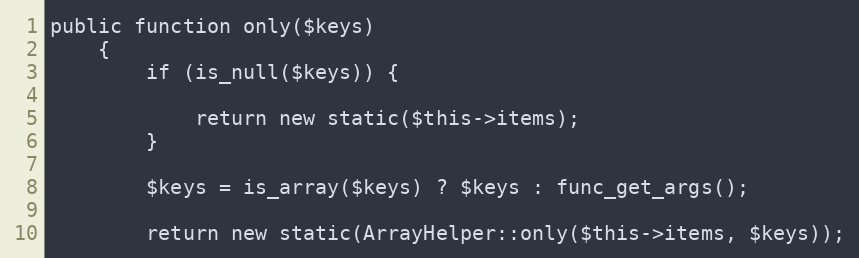
Language: PHP
public function only($keys)
    {
        if (is_null($keys)) {

            return new static($this->items);
        }

        $keys = is_array($keys) ? $keys : func_get_args();

        return new static(ArrayHelper::only($this->items, $keys));